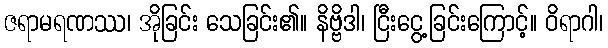
ဇရာမရဏဿ၊ အိုခြင်း သေခြင်း၏။ နိဗ္ဗိဒါ၊ ငြီးငွေ့ခြင်းကြောင့်။ ဝိရာဂါ၊